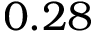
0 . 2 8